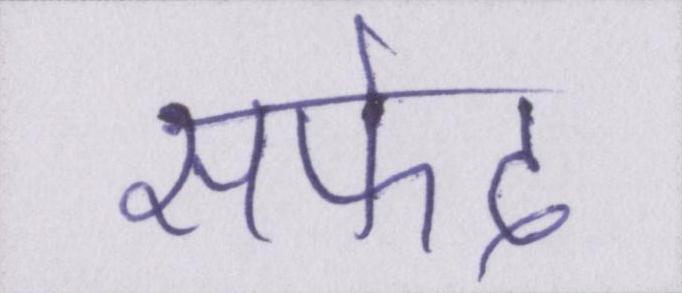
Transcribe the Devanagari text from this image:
सफेद